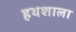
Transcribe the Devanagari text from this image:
हथशाला